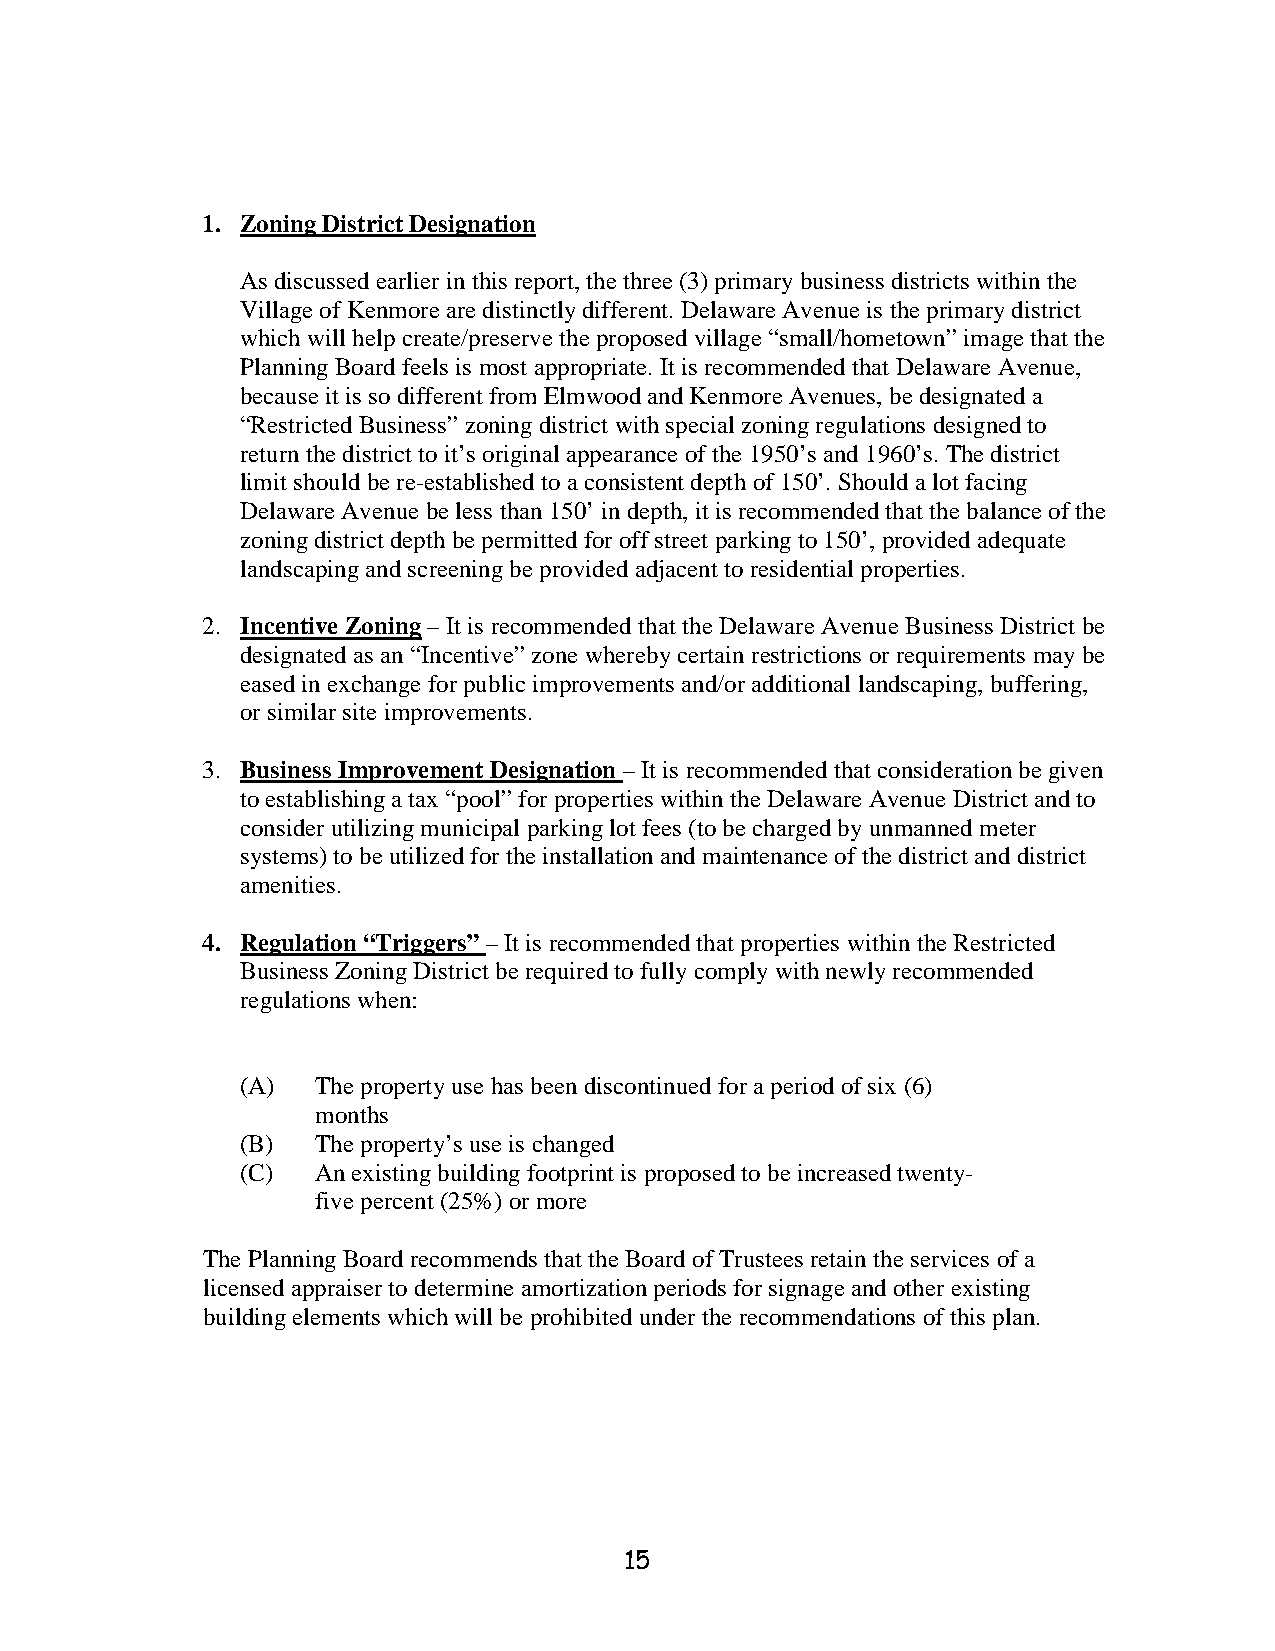
1. Zoning District Designation
 As discussed earlier in this report, the three (3) primary business districts within the
 Village of Kenmore are distinctly different. Delaware Avenue is the primary district
 which will help create/preserve the proposed village “small/hometown” image that the
 Planning Board feels is most appropriate. It is recommended that Delaware Avenue,
 because it is so different from Elmwood and Kenmore Avenues, be designated a
 “Restricted Business” zoning district with special zoning regulations designed to
 return the district to it’s original appearance of the 1950’s and 1960’s. The district
 limit should be re-established to a consistent depth of 150’. Should a lot facing
 Delaware Avenue be less than 150’ in depth, it is recommended that the balance of the
 zoning district depth be permitted for off street parking to 150’, provided adequate
 landscaping and screening be provided adjacent to residential properties.
 2. Incentive Zoning – It is recommended that the Delaware Avenue Business District be
 designated as an “Incentive” zone whereby certain restrictions or requirements may be
 eased in exchange for public improvements and/or additional landscaping, buffering,
 or similar site improvements.
 3. Business Improvement Designation – It is recommended that consideration be given
 to establishing a tax “pool” for properties within the Delaware Avenue District and to
 consider utilizing municipal parking lot fees (to be charged by unmanned meter
 systems) to be utilized for the installation and maintenance of the district and district
 amenities.
 4. Regulation “Triggers” – It is recommended that properties within the Restricted
 Business Zoning District be required to fully comply with newly recommended
 regulations when:
 (A)  The property use has been discontinued for a period of six (6)
 months
 (B)  The property’s use is changed
 (C)  An existing building footprint is proposed to be increased twenty-
 five percent (25%) or more
 The Planning Board recommends that the Board of Trustees retain the services of a
 licensed appraiser to determine amortization periods for signage and other existing
 building elements which will be prohibited under the recommendations of this plan.
 15